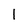
Character: 1